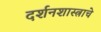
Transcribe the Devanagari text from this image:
दर्शनशास्त्राचे